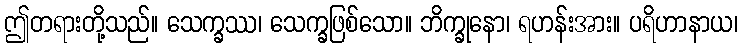
ဤတရားတို့သည်။ သေက္ခဿ၊ သေက္ခဖြစ်သော။ ဘိက္ခုနော၊ ရဟန်းအား။ ပရိဟာနာယ၊